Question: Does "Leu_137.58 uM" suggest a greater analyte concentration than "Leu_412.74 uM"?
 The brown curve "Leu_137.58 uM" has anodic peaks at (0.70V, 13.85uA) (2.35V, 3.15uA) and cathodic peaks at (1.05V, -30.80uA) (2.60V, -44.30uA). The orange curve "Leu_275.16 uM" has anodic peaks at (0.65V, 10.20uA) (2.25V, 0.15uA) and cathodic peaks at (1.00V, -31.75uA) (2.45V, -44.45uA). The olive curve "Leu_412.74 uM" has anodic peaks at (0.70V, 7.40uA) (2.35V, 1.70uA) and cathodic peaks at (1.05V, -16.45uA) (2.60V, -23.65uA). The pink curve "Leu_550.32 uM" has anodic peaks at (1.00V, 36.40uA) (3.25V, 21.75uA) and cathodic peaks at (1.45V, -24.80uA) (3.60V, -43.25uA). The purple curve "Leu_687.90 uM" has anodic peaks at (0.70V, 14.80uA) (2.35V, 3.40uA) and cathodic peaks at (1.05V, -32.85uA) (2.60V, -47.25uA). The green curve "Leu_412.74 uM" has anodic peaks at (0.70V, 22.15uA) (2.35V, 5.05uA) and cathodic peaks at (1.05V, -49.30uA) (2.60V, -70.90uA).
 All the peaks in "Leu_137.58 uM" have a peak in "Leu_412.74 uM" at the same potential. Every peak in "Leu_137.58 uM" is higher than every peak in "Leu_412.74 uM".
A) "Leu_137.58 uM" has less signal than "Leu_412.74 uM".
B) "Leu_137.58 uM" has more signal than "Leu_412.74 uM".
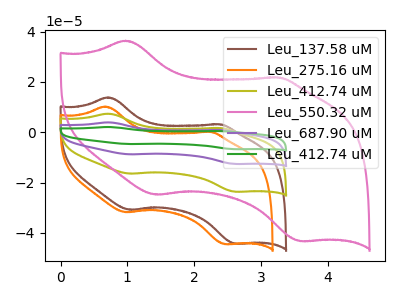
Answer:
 <answer>B) "Leu_137.58 uM" has more signal than "Leu_412.74 uM".</answer>
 <eval>B</eval>